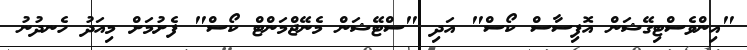
"އިންވެސްޓިގޭޝަން އޮފިސާސް ކޯސް" އަދި "ސްޓޭޝަން މެނޭޖްމަންޓް ކޯސް" ފެށުމަށް މިއަދު ހެނދުނު